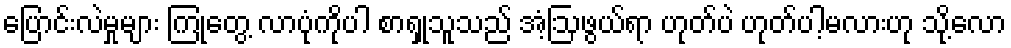
ပြောင်းလဲမှုများ ကြုံတွေ့ လာပုံကိုပါ စာရှုသူသည် အံ့ဩဖွယ်ရာ ဟုတ်ပဲ ဟုတ်ပါ့မလားဟု သို့လော